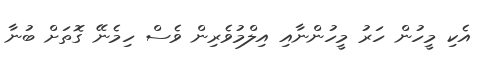
އެކި މީހުން ހަރު މީހުންނާއި އިލްމުވެރިން ވެސް ހިމެނޭ ގޮތަށް ބުނާ